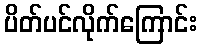
ပိတ်ပင်လိုက်ကြောင်း